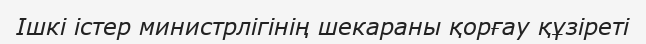
Ішкі істер министрлігінің шекараны қорғау құзіреті